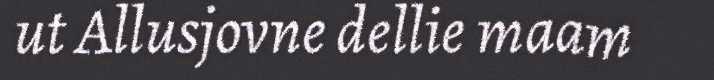
ut Allusjovne dellie maam